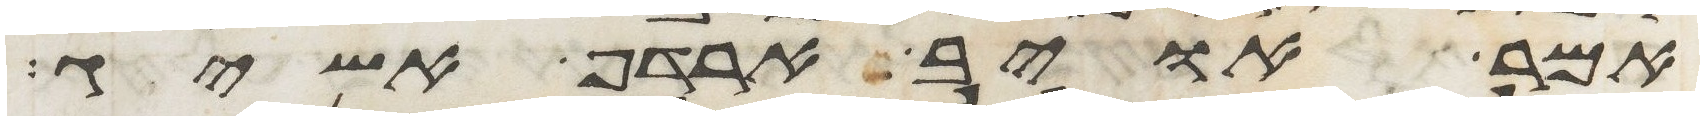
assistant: אמר אויב ארדף אשיג